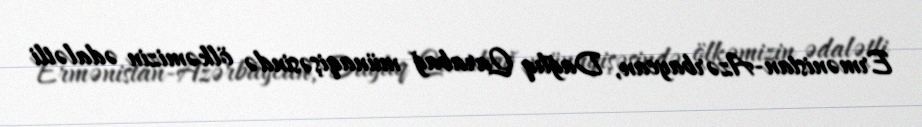
Ermənistan-Azərbaycan, Dağlıq Qarabağ münaqişəsində ölkəmizin ədalətli